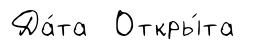
Да́та Откры́та